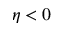
\eta < 0